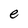
Character: e